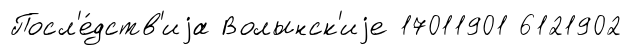
Посл'е́дств'иjа Волынск'иjе 17011901 6121902